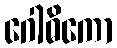
ဂေါဓိကော